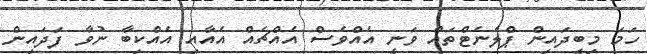
ހަމަ މިބީދައިން ޕްލެނެޓްތައް ވަނީ އެއްވެސް އެއްޗެއް އެއާއި އެއްކިބާ ނުވާ ފަދައިން